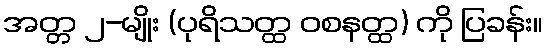
အတ္တ ၂-မျိုး (ပုရိသတ္ထ ဝစနတ္ထ) ကို ပြခန်း။